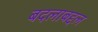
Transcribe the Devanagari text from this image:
बदलाबद्दल